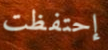
إحتفظت